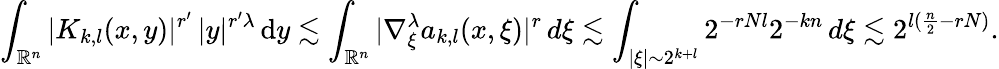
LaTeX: \int_{\mathbb{R}^{n}}|K_{k,l}(x,y)|^{r^{\prime}}\, |y|^{r^{\prime}\lambda}\, \mathrm{d}y\lesssim\int_{\mathbb{R}^{n}}|\nabla_{\xi}^{\lambda}a_{k,l}(x,\xi)|^{r}\, d\xi\lesssim\int_{|\xi|\sim 2^{k+l}}2^{-rNl}2^{-kn}\, d\xi\lesssim 2^{l(\frac{n}{2}-rN)}.